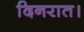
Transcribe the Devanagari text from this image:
दिनरात।